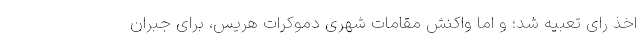
اخذ رای تعبیه شد؛ و اما واکنش مقامات شهری دموکرات هریس، برای جبران